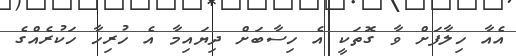
އެއާ ހިލާފަށް ވާ ގޮތަކީ އެ ހިސާބަށް ދިޔައިމާ އެ ހުރިހާ ހަކުރެއްގެ